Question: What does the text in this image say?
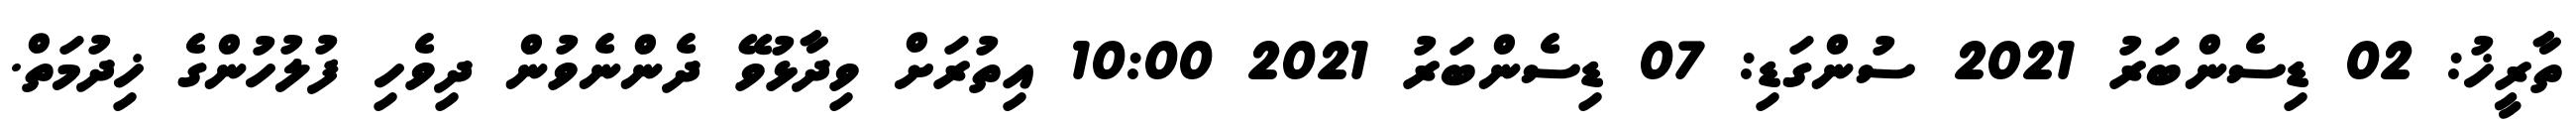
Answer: ތާރީޚު: 02 ޑިސެންބަރު 2021 ސުންގަޑި: 07 ޑިސެންބަރު 2021 10:00 އިތުރަށް ވިދާޅުވޭ ދެންނެވުން ދިވެހި ފުލުހުންގެ ޚިދުމަތް.